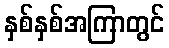
နှစ်နှစ်အကြာတွင်